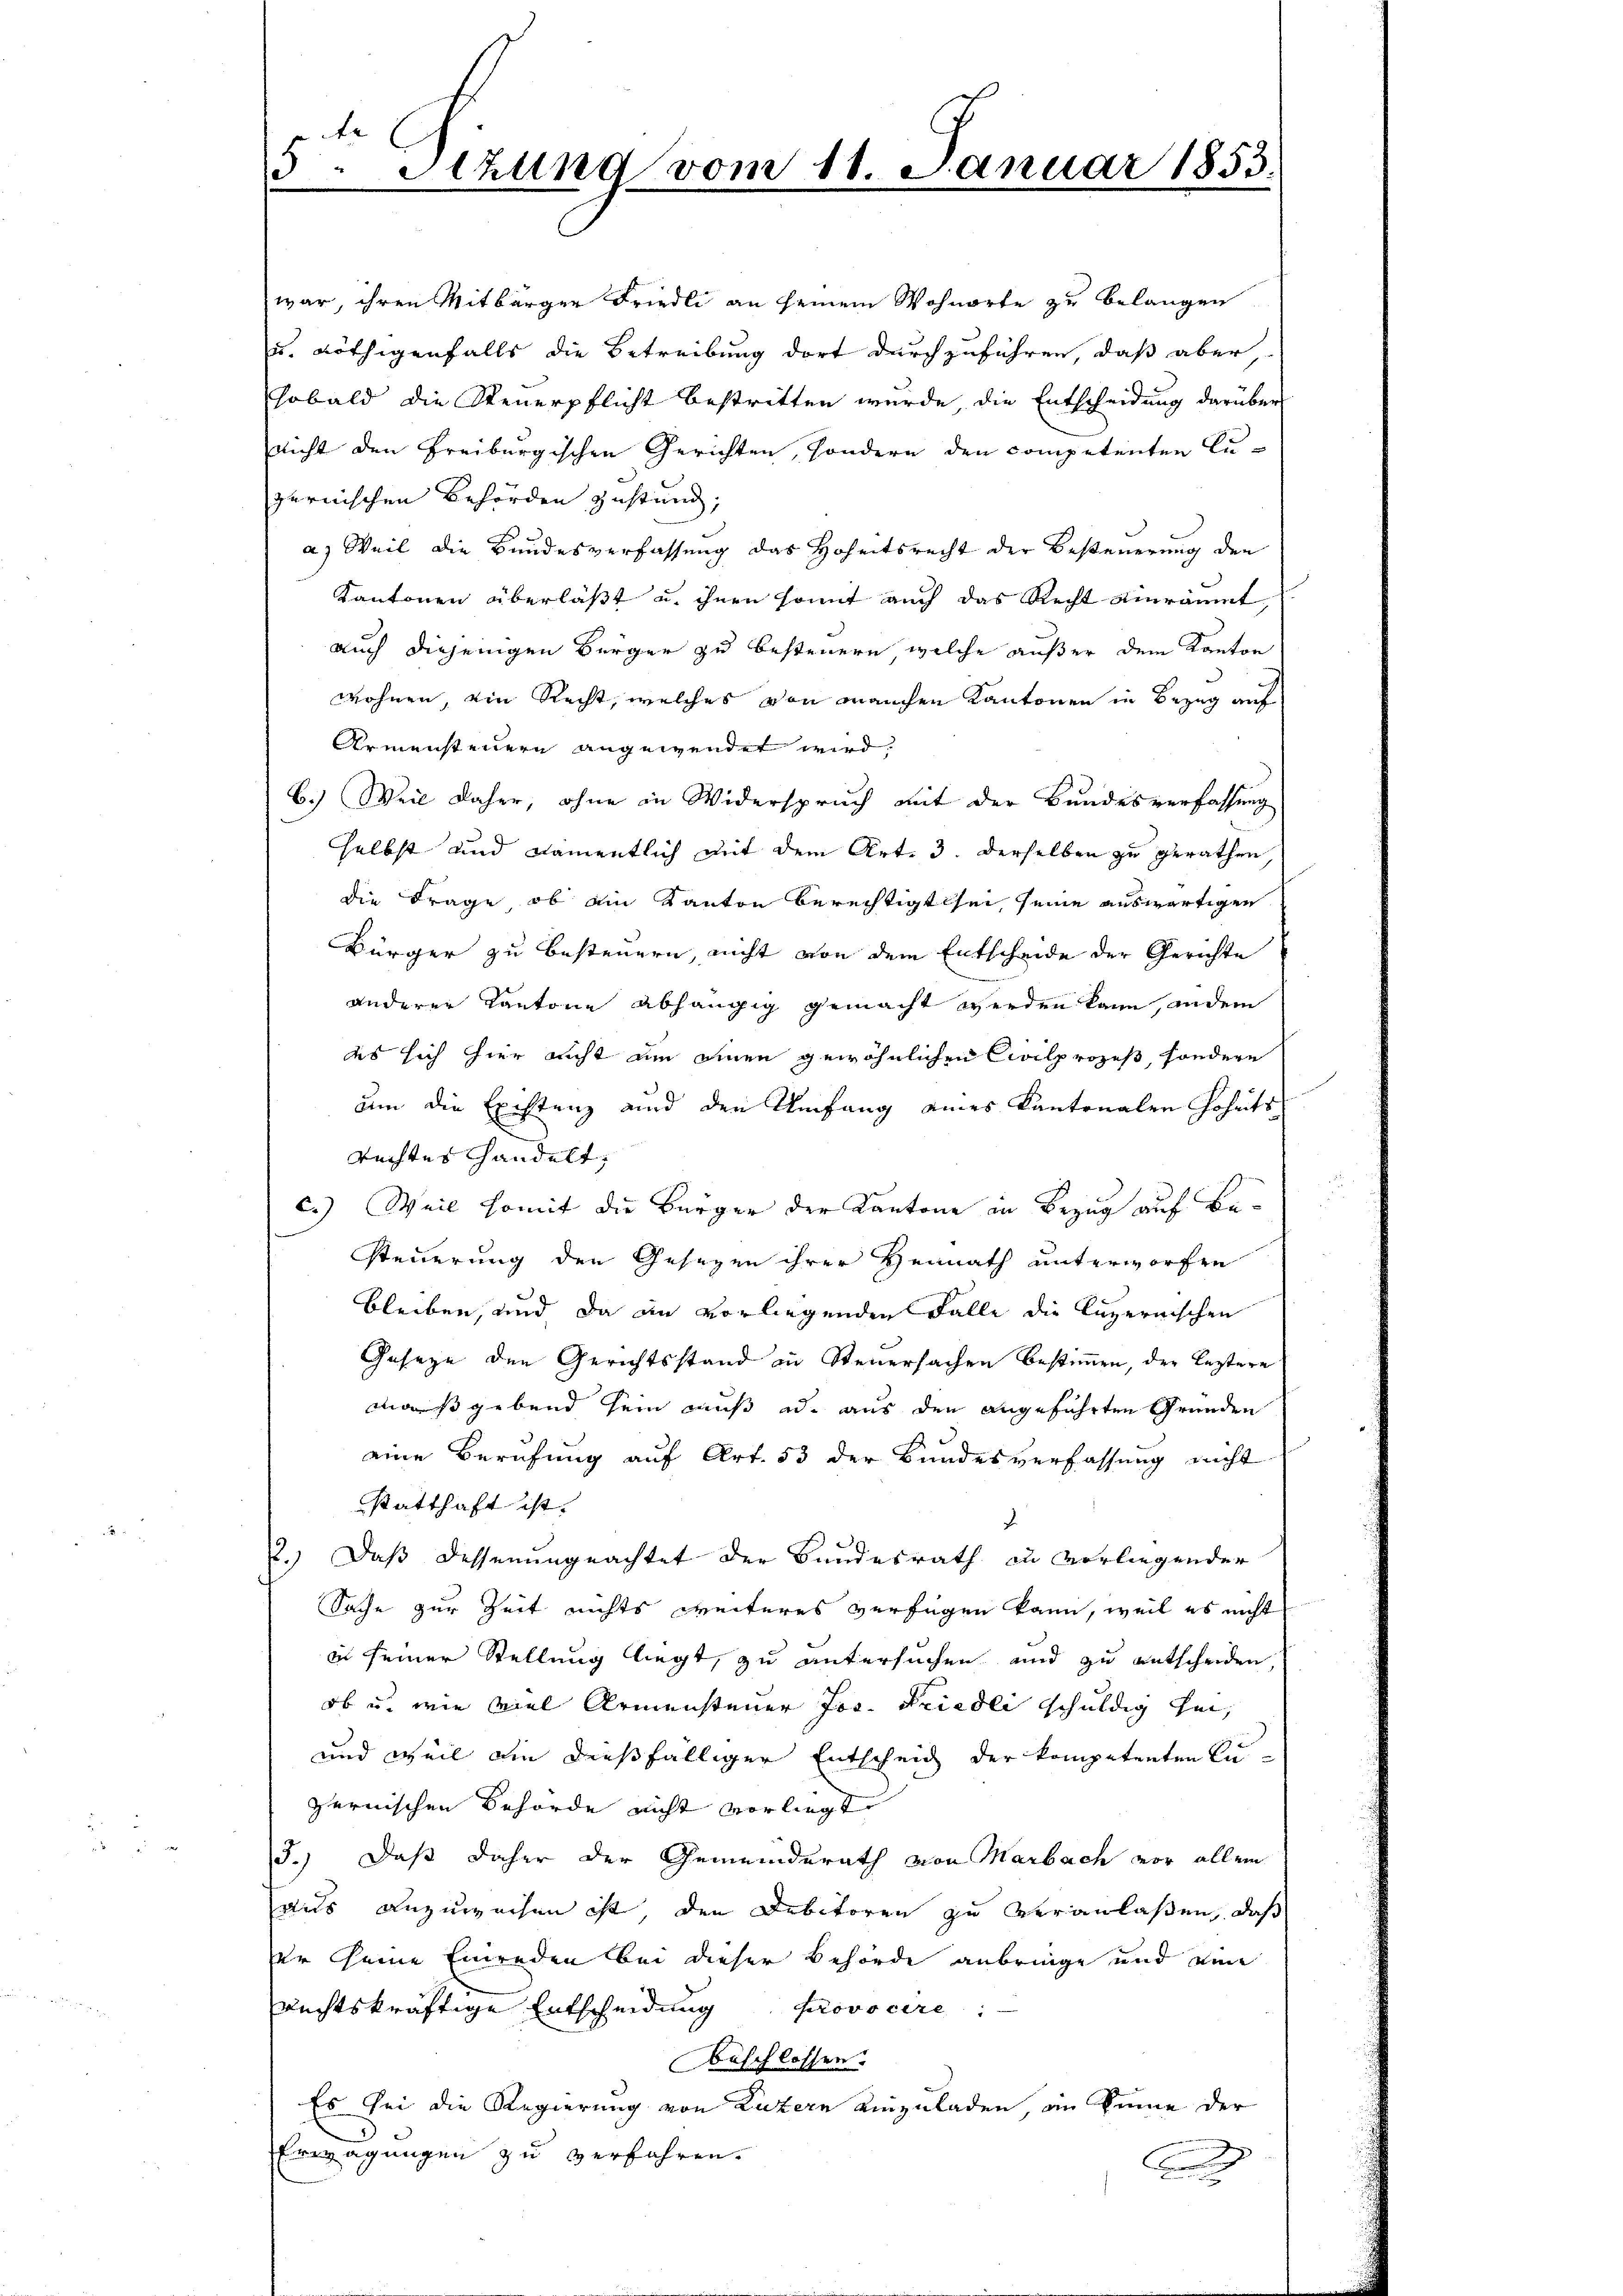
war, ihren Mitbürger Friedli an seinem Wohnorte zu belangen
u. Nöthigenfalls die Betreibung dort durchzuführen, daß aber
Sobald die Steuerpflicht bestritten wurde, die Entscheidung darüber
nicht den Freiburgischen Gerichten, sondern den competenten Aupernischen Behörden Zustand,
a) Weil die Bundesverfassung das Hoheitsrecht der Besteuerung den
Kantonen überläßt u. ihnen somit auch das Recht einräumt,
auch diejenigen Bürger zu besteuern, welche außer dem Kanton
wohnen, ein Recht, welches von manchen Kantonen in Bezug auf
Armensteuern angewendet wird.
B.) Weil daher, ohne in Widerspruch mit der Bundesverfassung
selbst und namentlich mit dem Art. 3. derselben zu gerathen
die Frage, ob ain Kanton Berechtigt sei seine auswärtigen
Bürger zu besteuern, nicht von dem Entscheide der Gerichte
anderer Kantone abhängig gemacht werden kann, ander
es sich hier nicht um einen gewöhnlichen Civilprozeß, sondern
um die Existenz und den Umfang eines Kantonalen Hoheits
Rechtes Handelt,
c.) Weil somit die Bürger der Kantone in Bezug auf Besteuerung den Gesezen ihrer Heimath unterworfen
bleiben, und da an vorliegenden Falle die Luzernischen
Geseze den Gerichtsstand in Steuersachen bestimmen, der leztere
mars gebend sein muß u. aus den angeführten Grunden
eine Berufung auf Art. 53 der Bundesverfassung nicht
statthaft ist.
x
2.) Daß desserungeachtet der Bundesrath zu vorliegender
Sache zur Zeit nichts weiteres verfügen kann, weil es nicht
in seiner Stellung liegt, zu untersuchen und zu entscheiden
ob u. wie viel Armensteuer Jos. Friedli schuldig sei,
und weil ain dießfälliger Entscheid der kompetenten Su
zernischen Behörde nicht vorliegt.
3.) Daß daher der Gemeinderath von Marbach vor allem
aus anzuweisen ist, den Debitoren zu veranlaßen, daß
er seine Einreden bei dieser Behörde anbringe und eine
Rechtskräftige Entscheidung provocire
beschlossen:
Es sei die Regierung von Luzern einzuladen, im Sinne der
Erwägungen zu verfahren.
.

5
etzung vom 18. Januar 1853.